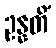
ဥန္နတိံ